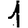
Digit: 1